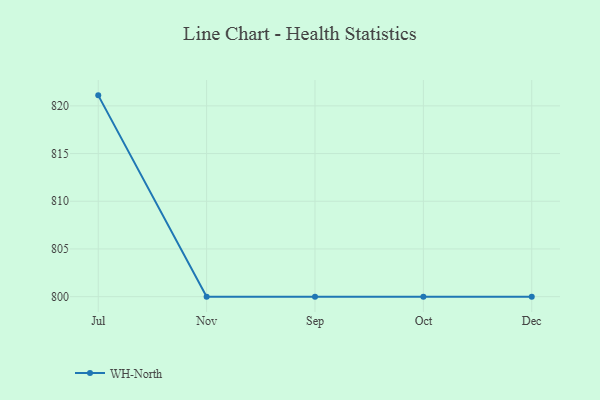
{"axis": {"x": "Month", "y": "Backlog"}, "legend": ["WH-North"], "data": [{"x": "Jul", "y": 821.1, "type": "WH-North"}, {"x": "Nov", "y": 800, "type": "WH-North"}, {"x": "Sep", "y": 800, "type": "WH-North"}, {"x": "Oct", "y": 800, "type": "WH-North"}, {"x": "Dec", "y": 800, "type": "WH-North"}]}